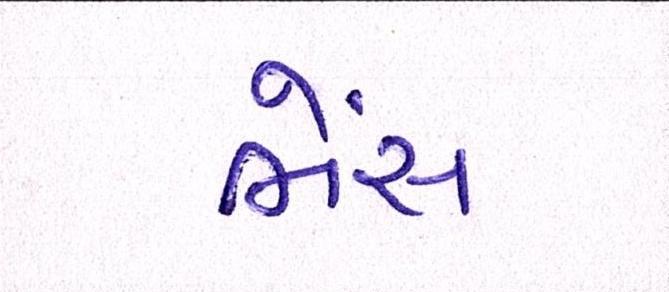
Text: ભેંસ